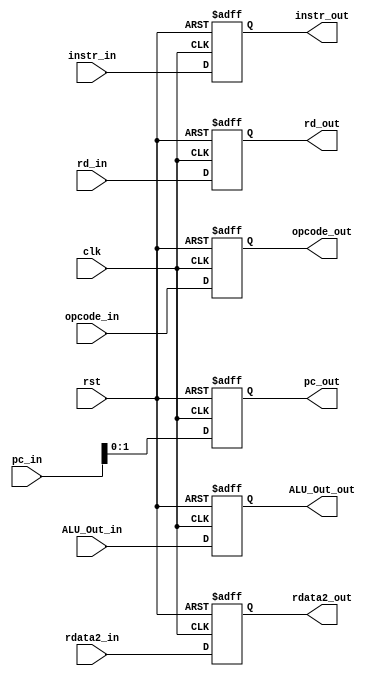
`timescale 1ns / 1ps
//////////////////////////////////////////////////////////////////////////////////
// Company: 
// Engineer: 
// 
// Design Name: 
// Module Name: MEM_WB_reg
// Project Name: 
// Target Devices: 
// Tool Versions: 
// Description: 
// 
// Dependencies: 
// 
// Revision:
// Revision 0.01 - File Created
// Additional Comments:
// 
//////////////////////////////////////////////////////////////////////////////////

module MEM_WB_reg(
    input clk,
    input rst,
    input [31:0] instr_in,
    input [31:0] pc_in,
    input [31:0] ALU_Out_in,
    input [31:0] rdata2_in,
    input [4:0] rd_in,
    input [5:0] opcode_in,
    output reg [31:0] instr_out,
    output reg [31:32] pc_out,
    output reg [31:0] ALU_Out_out,
    output reg [31:0] rdata2_out,
    output reg [4:0] rd_out,
    output reg [5:0] opcode_out
);
    always @(posedge clk or posedge rst) begin
        if (rst) begin
            instr_out <= 32'b0;
            pc_out <= 32'b0;
            ALU_Out_out <= 32'b0;
            rdata2_out <= 32'b0;
            rd_out <= 5'b0;
            opcode_out <= 6'b0;
        end else begin
            instr_out <= instr_in;
            pc_out <= pc_in;
            ALU_Out_out <= ALU_Out_in;
            rdata2_out <= rdata2_in;
            rd_out <= rd_in;
            opcode_out <= opcode_in;
        end
    end
endmodule